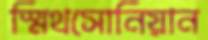
স্মিথসোনিয়ান